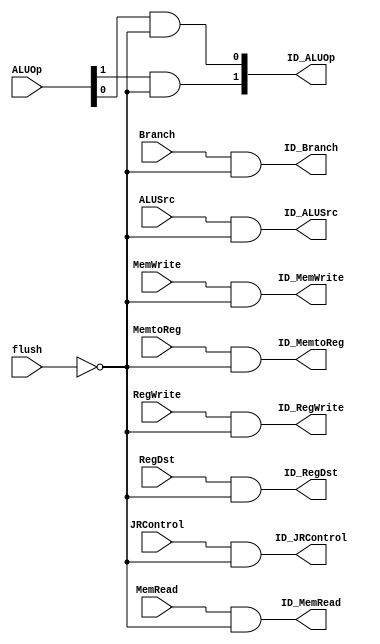
module flush_block(
ID_RegDst,ID_ALUSrc, ID_MemtoReg,ID_RegWrite,ID_MemRead,ID_MemWrite,
ID_Branch,ID_ALUOp,ID_JRControl,flush,RegDst,ALUSrc,MemtoReg,RegWrite,
MemRead,MemWrite,Branch,ALUOp,JRControl);

output ID_RegDst,ID_ALUSrc,ID_MemtoReg,ID_RegWrite,ID_MemRead,ID_MemWrite,ID_Branch,ID_JRControl;
output [1:0] ID_ALUOp;
input flush,RegDst,ALUSrc,MemtoReg,RegWrite,MemRead,MemWrite,Branch,JRControl;
input [1:0] ALUOp;

not #50 (notflush,flush);
and #50 and1(ID_RegDst,RegDst,notflush);
and #50 and2(ID_ALUSrc,ALUSrc,notflush);
and #50 and3(ID_MemtoReg,MemtoReg,notflush);
and #50 and4(ID_RegWrite,RegWrite,notflush);
and #50 and5(ID_MemRead,MemRead,notflush);
and #50 and6(ID_MemWrite,MemWrite,notflush);
and #50 and7(ID_Branch,Branch,notflush);
and #50 and8(ID_JRControl,JRControl,notflush);
and #50 and9(ID_ALUOp[1],ALUOp[1],notflush);
and #50 and10(ID_ALUOp[0],ALUOp[0],notflush);
endmodule